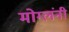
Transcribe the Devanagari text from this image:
मोग्लंनी